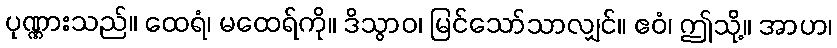
ပုဏ္ဏားသည်။ ထေရံ၊ မထေရ်ကို။ ဒိသွာဝ၊ မြင်သော်သာလျှင်။ ဧဝံ၊ ဤသို့။ အာဟ၊